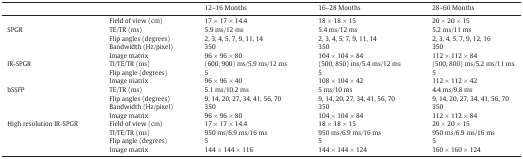
|  |  | 12–16 Months | 16–28 Months | 28–60 Months |
 | --- | --- | --- | --- | --- |
 |  | Field of view (cm) | 17 × 17 × 14.4 | 18 × 18 × 15 | 20 × 20 × 15 |
 | <ROWSPAN=4> SPGR | TE/TR (ms) | 5.9 ms/12 ms | 5.4 ms/12 ms | 5.2 ms/11 ms |
 | Flip angles (degrees) | 2, 3, 4, 5, 7, 9, 11, 14 | 2, 3, 4, 5, 7, 9, 11, 14 | 2, 3, 4, 5, 7, 9, 12, 16 |
 | Bandwidth (Hz/pixel) | 350 | 350 | 350 |
 | Image matrix | 96 × 96 × 80 | 104 × 104 × 84 | 112 × 112 × 84 |
 | <ROWSPAN=3> IR-SPGR | TI/TE/TR (ms) | (600, 900) ms/5.9 ms/12 ms | (500, 850) ms/5.4 ms/12 ms | (500, 800) ms/5.2 ms/11 ms |
 | Flip angle (degrees) | 5 | 5 | 5 |
 | Image matrix | 96 × 96 × 40 | 108 × 104 × 42 | 112 × 112 × 42 |
 | <ROWSPAN=4> bSSFP | TE/TR (ms) | 5.1 ms/10.2 ms | 5 ms/10 ms | 4.4 ms/9.8 ms |
 | Flip angles (degrees) | 9, 14, 20, 27, 34, 41, 56, 70 | 9, 14, 20, 27, 34, 41, 56, 70 | 9, 14, 20, 27, 34, 41, 56, 70 |
 | Bandwidth (Hz/pixel) | 350 | 350 | 350 |
 | Image matrix | 96 × 96 × 80 | 104 × 104 × 84 | 112 × 112 × 84 |
 | <ROWSPAN=4> High resolution IR-SPGR | Field of view (cm) | 17 × 17 × 14.4 | 18 × 18 × 15 | 20 × 20 × 15 |
 | TI/TE/TR (ms) | 950 ms/6.9 ms/16 ms | 950 ms/6.9 ms/16 ms | 950 ms/6.9 ms/16 ms |
 | Flip angle (degrees) | 5 | 5 | 5 |
 | Image matrix | 144 × 144 × 116 | 144 × 144 × 124 | 160 × 160 × 124 |